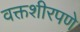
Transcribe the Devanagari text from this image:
वक्तशीरपणे